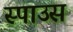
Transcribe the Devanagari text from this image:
स्पाउस